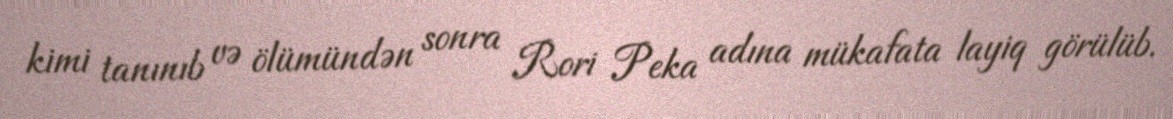
kimi tanınıb və ölümündən sonra Rori Peka adına mükafata layiq görülüb.